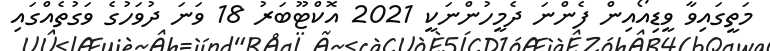
މަތީގައިވާ ވީޑިއޯއިން ފެންނަ ދެމީހުންނަކީ 2021 އޮކްޓޫބަރު 18 ވަނަ ދުވަހުގެ ވަގުތެއްގައި